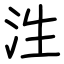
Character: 泩